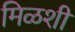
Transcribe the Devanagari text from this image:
मिळशी